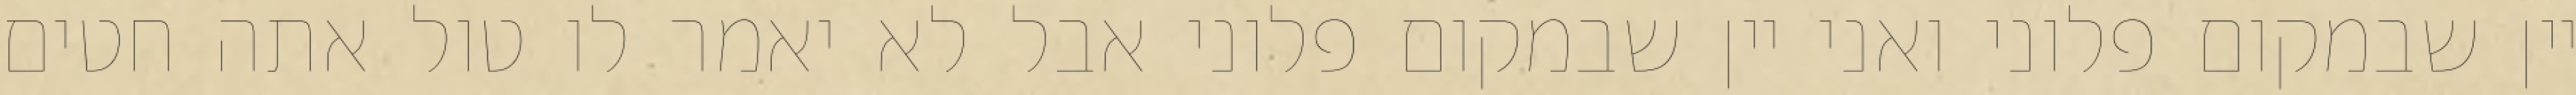
יין שבמקום פלוני ואני יין שבמקום פלוני אבל לא יאמר לו טול אתה חטים